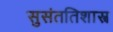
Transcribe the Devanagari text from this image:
सुसंततिशास्त्र